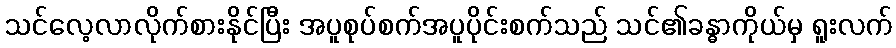
သင်လေ့လာလိုက်စားနိုင်ပြီး အပူစုပ်စက်အပူပိုင်းစက်သည် သင်၏ခန္ဓာကိုယ်မှ ရူးလက်